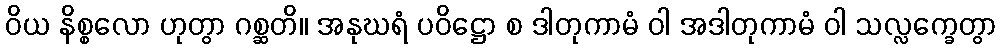
ဝိယ နိစ္စလော ဟုတွာ ဂစ္ဆတိ။ အနုဃရံ ပဝိဋ္ဌော စ ဒါတုကာမံ ဝါ အဒါတုကာမံ ဝါ သလ္လက္ခေတွာ